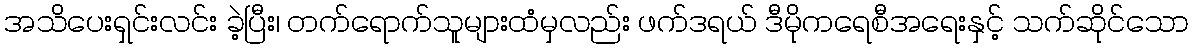
အသိပေးရှင်းလင်း ခဲ့ပြီး၊ တက်ရောက်သူများထံမှလည်း ဖက်ဒရယ် ဒီမိုကရေစီအရေးနှင့် သက်ဆိုင်သော